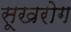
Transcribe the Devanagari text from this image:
सूखरोग